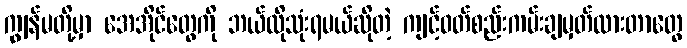
ကျွန်မတို့မှာ အေအိုင်တွေကို ဘယ်လိုသုံးရမယ်ဆိုတဲ့ ကျင့်ဝတ်စည်းကမ်းချမှတ်ထားတာတွေ